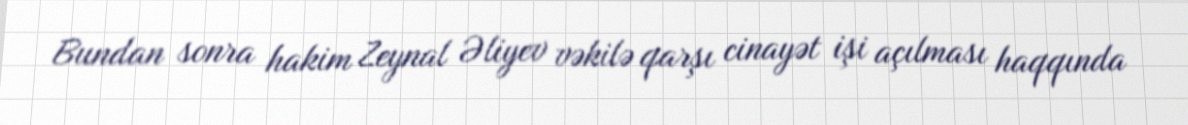
Bundan sonra hakim Zeynal Əliyev vəkilə qarşı cinayət işi açılması haqqında